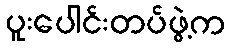
ပူးပေါင်းတပ်ဖွဲ့က